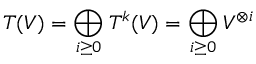
T ( V ) = \bigoplus _ { i \geq 0 } T ^ { k } ( V ) = \bigoplus _ { i \geq 0 } V ^ { \otimes i }